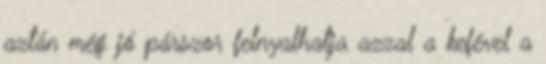
aztán még jó párszor felnyalhatja azzal a kefével a